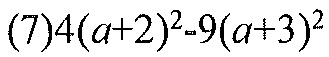
(7)\(4(a + 2)^{2}-9(a + 3)^{2}\)